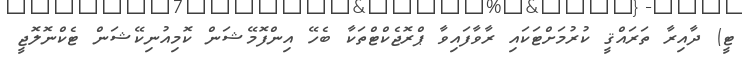
ޓީ) ދާއިރާ ތަރައްޤީ ކުރުމަށްޓަކައި ރާވާފައިވާ ޕްރޮޖެކްޓްތަކާ ބެހޭ އިންފޮމޭޝަން ކޮމިއުނިކޭޝަން ޓެކްނޮލޮޖީ